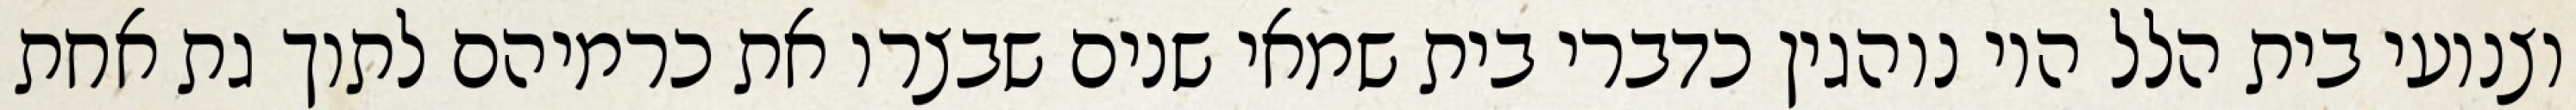
וצנועי בית הלל היו נוהגין כדברי בית שמאי שנים שבצרו את כרמיהם לתוך גת אחת